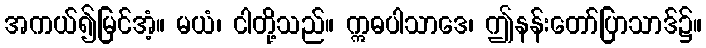
အကယ်၍မြင်အံ့။ မယံ၊ ငါတို့သည်။ ဣဓပါသာဒေ၊ ဤနန်းတော်ပြာသာဒ်၌။